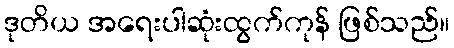
ဒုတိယ အရေးပါဆုံးထွက်ကုန် ဖြစ်သည်။